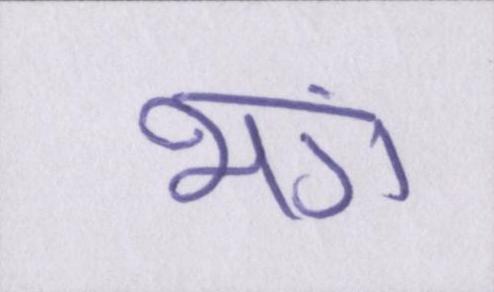
भंग